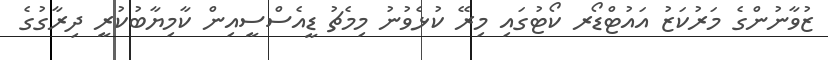
ޒުވާނުންގެ މަރުކަޒު އައުޓްޑޯރ ކޯޓުގައި މިރޭ ކުޅެވުނު މިމެޗު ޑީއެސްސީއިން ކާމިޔާބުކުރީ ދިރާގުގެ